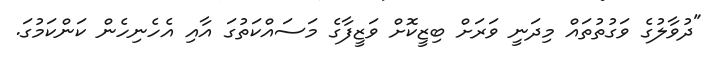
"ދުވާލުގެ ވަގުތުތައް މިދަނީ ވަރަށް ބިޒީކޮށް ވަޒީފާގެ މަސައްކަތުގަ އާއި އެހެނިހެން ކަންކަމުގަ.